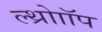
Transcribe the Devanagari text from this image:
ल्थ्रोाॉप